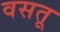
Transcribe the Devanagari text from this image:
वसतू